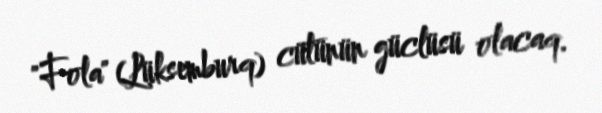
"Fola" (Lüksemburq) cütünün güclüsü olacaq.